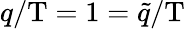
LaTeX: q/\mathrm{T}=1=\tilde{q}/\mathrm{T}